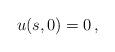
LaTeX: \begin{align*} u (s,0) =0\,,\end{align*}